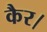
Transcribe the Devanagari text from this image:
कैर।